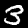
Label: 3